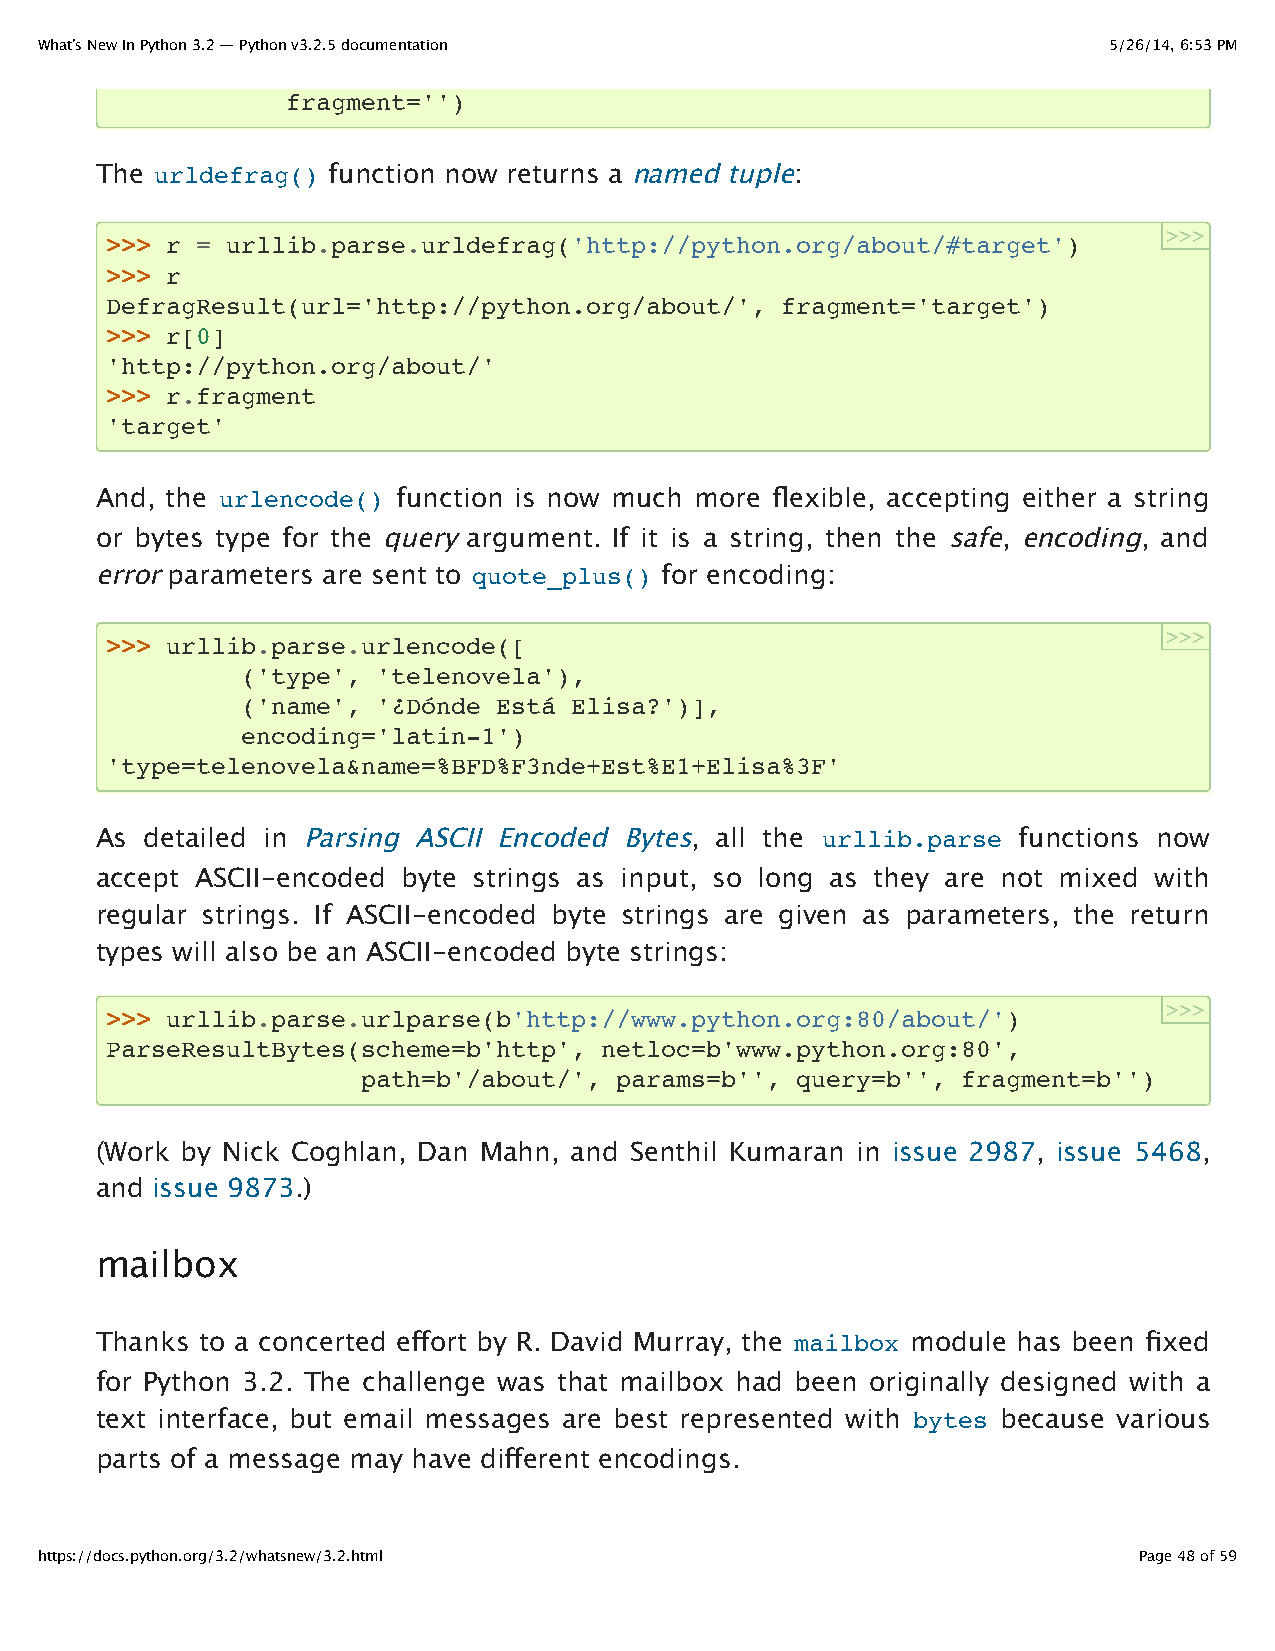
What’s New In Python 3.2 — Python v3.2.5 documentation                 5/26/14, 6:53 PM
 fragment='')
 The urldefrag() function now returns a named tuple:
 >>>
 >>> r = urllib.parse.urldefrag('http://python.org/about/#target')
 >>> r
 DefragResult(url='http://python.org/about/', fragment='target')
 >>> r[0]
 'http://python.org/about/'
 >>> r.fragment
 'target'
 And, the urlencode() function is now much more flexible, accepting either a string
 or bytes type for the query argument. If it is a string, then the safe, encoding, and
 error parameters are sent to quote_plus() for encoding:
 >>>
 >>> urllib.parse.urlencode([
 ('type', 'telenovela'),
 ('name', '¿Dónde Está Elisa?')],
 encoding='latin-1')
 'type=telenovela&name=%BFD%F3nde+Est%E1+Elisa%3F'
 As  detailed in Parsing ASCII Encoded Bytes, all the urllib.parse functions now
 accept ASCII-encoded byte strings as input, so long as they are not mixed with
 regular strings. If ASCII-encoded byte strings are given as parameters, the return
 types will also be an ASCII-encoded byte strings:
 >>>
 >>> urllib.parse.urlparse(b'http://www.python.org:80/about/')
 ParseResultBytes(scheme=b'http', netloc=b'www.python.org:80',
 path=b'/about/', params=b'', query=b'', fragment=b'')
 (Work by Nick Coghlan, Dan Mahn, and Senthil Kumaran in issue 2987, issue 5468,
 and issue 9873.)
 mailbox
 Thanks to a concerted effort by R. David Murray, the mailbox module has been fixed
 for Python 3.2. The challenge was that mailbox had been originally designed with a
 text interface, but email messages are best represented with bytes because various
 parts of a message may have different encodings.
 https://docs.python.org/3.2/whatsnew/3.2.html                            Page 48 of 59